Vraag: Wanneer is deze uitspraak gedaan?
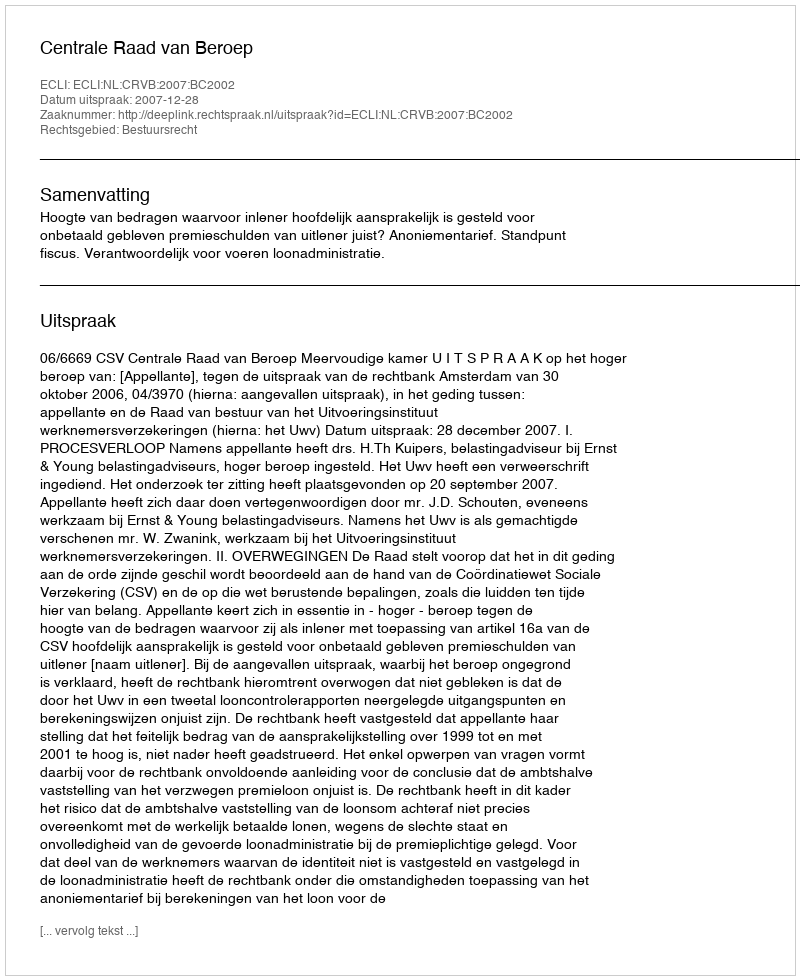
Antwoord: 2007-12-28